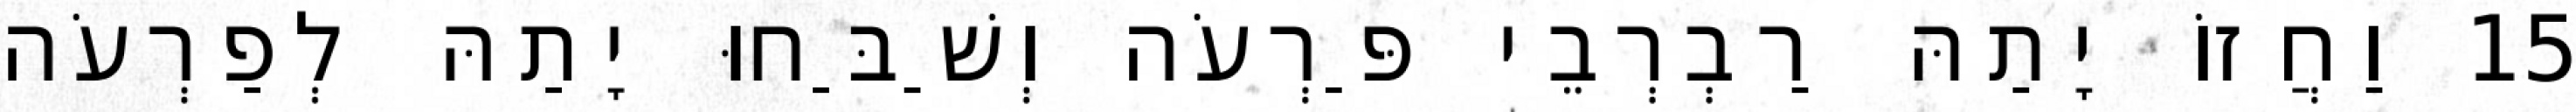
15 וַחֲזוֹ יָתַהּ רַבְרְבֵי פַּרְעֹה וְשַׁבַּחוּ יָתַהּ לְפַרְעֹה